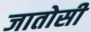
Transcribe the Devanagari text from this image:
जातोसी